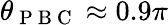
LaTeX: \theta_{\mathrm{~P~B~C~}}\approx 0.9\pi